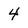
Character: 4